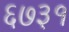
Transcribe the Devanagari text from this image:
६७३१